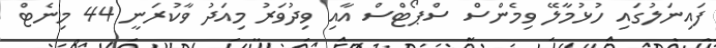
ފައިނަލުގައި ހުޅުމާލޭ ވިމެންސް ސްޕޯޓްސް އާއި ވިދުވަރު މިއަދު ވާކުރަނީ 44 މިނެޓް